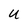
Character: u